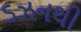
ડઝનથી